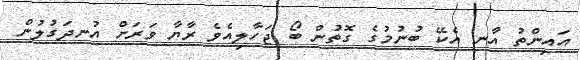
އައިންތު އާނ އެކޭ ބުނުމުގެ ގޮތުން ބޯ ޖަހާލިއެވެ ރާޔާ ވަރަށް އުނދަގުލުން